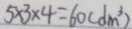
5 \times 3 \times 4 = 6 0 ( d m ^ { 3 } )